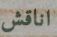
اناقش